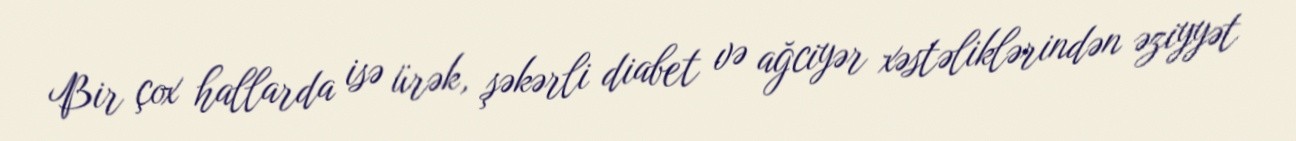
Bir çox hallarda isə ürək, şəkərli diabet və ağciyər xəstəliklərindən əziyyət